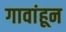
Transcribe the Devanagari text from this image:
गावांहून